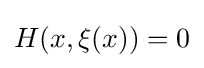
H(x,\xi (x))=0